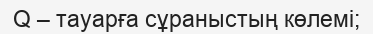
Q – тауарға сұраныстың көлемі;